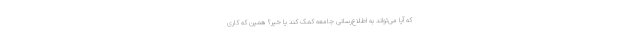
که آیا می‌تواند به اطلاع‌رسانی جامعه کمک کند یا خیر؟ همین که کاری